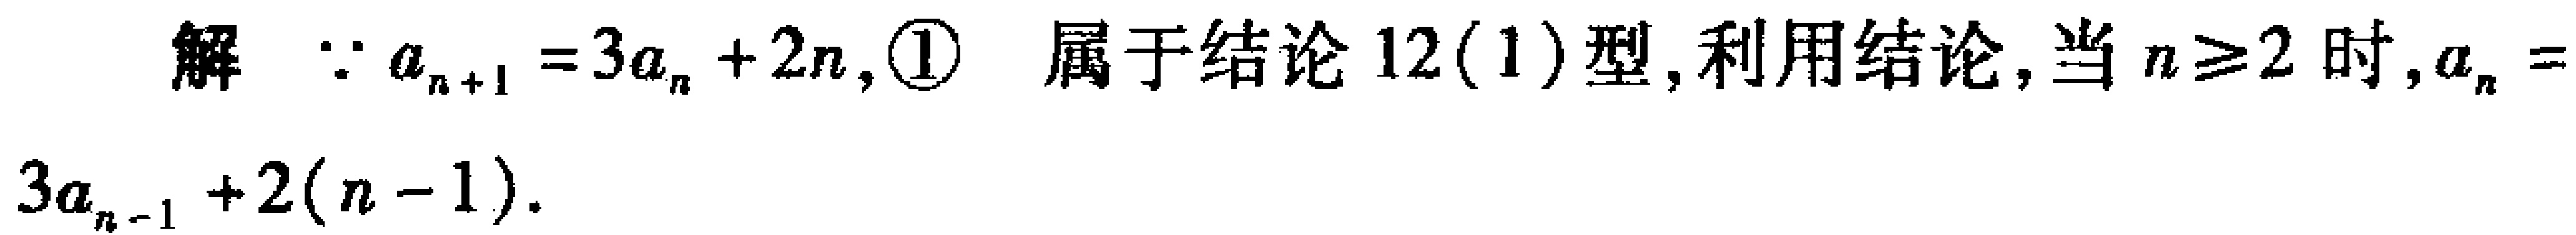
解  $\because a_{n + 1} = 3a_{n} + 2n$, \textcircled{1}  属于结论12(1)型, 利用结论, 当$n\geq2$时, $a_{n} = 3a_{n - 1} + 2(n - 1)$.